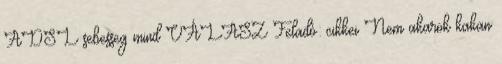
ADSL sebesseg mind VÁLASZ Feladó: cikkei Nem akarok kakan